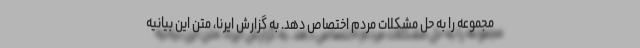
مجموعه را به حل مشکلات مردم اختصاص دهد. به گزارش ایرنا، متن این بیانیه